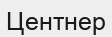
Центнер